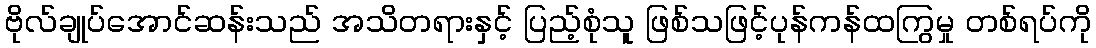
ဗိုလ်ချုပ်အောင်ဆန်းသည် အသိတရားနှင့် ပြည့်စုံသူ ဖြစ်သဖြင့်ပုန်ကန်ထကြွမှု တစ်ရပ်ကို